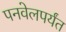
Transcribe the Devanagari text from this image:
पनवेलपर्यंत